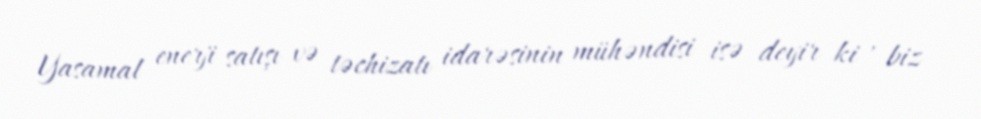
Yasamal enerji satışı və təchizatı idarəsinin mühəndisi isə deyir ki , biz